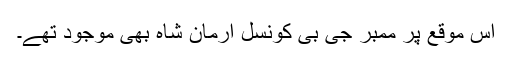
اس موقع پر ممبر جی بی کونسل ارمان شاہ بھی موجود تھے۔